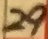
Text: 29